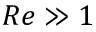
R e \gg 1